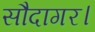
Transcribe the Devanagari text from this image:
सौदागर।